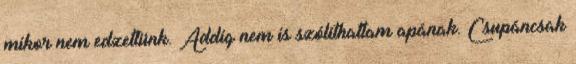
mikor nem edzettünk. Addig nem is szólíthattam apának. Csupáncsak